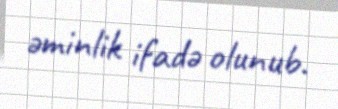
əminlik ifadə olunub.